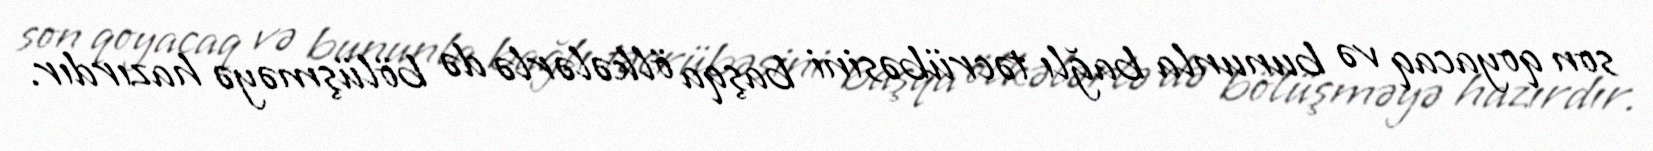
son qoyacaq və bununla bağlı təcrübəsini başqa ölkələrlə də bölüşməyə hazırdır.